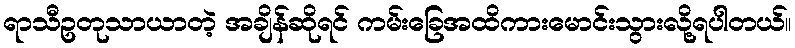
ရာသီဥတုသာယာတဲ့ အချိန်ဆိုရင် ကမ်းခြေအထိကားမောင်းသွားလို့ရပါတယ်။